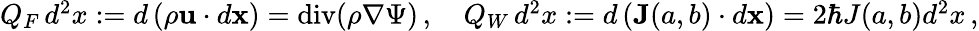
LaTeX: \begin{array}{r}{Q_{F}\, d^{2}x:=d\left(\rho\mathbf{u}\cdot d\mathbf{x}\right)=\textrm{div}(\rho\nabla\Psi)\, ,\quad Q_{W}\, d^{2}x:=d\left(\mathbf{J}(a,b)\cdot d\mathbf{x}\right)=2\hbar J(a,b)d^{2}x\, ,}\end{array}